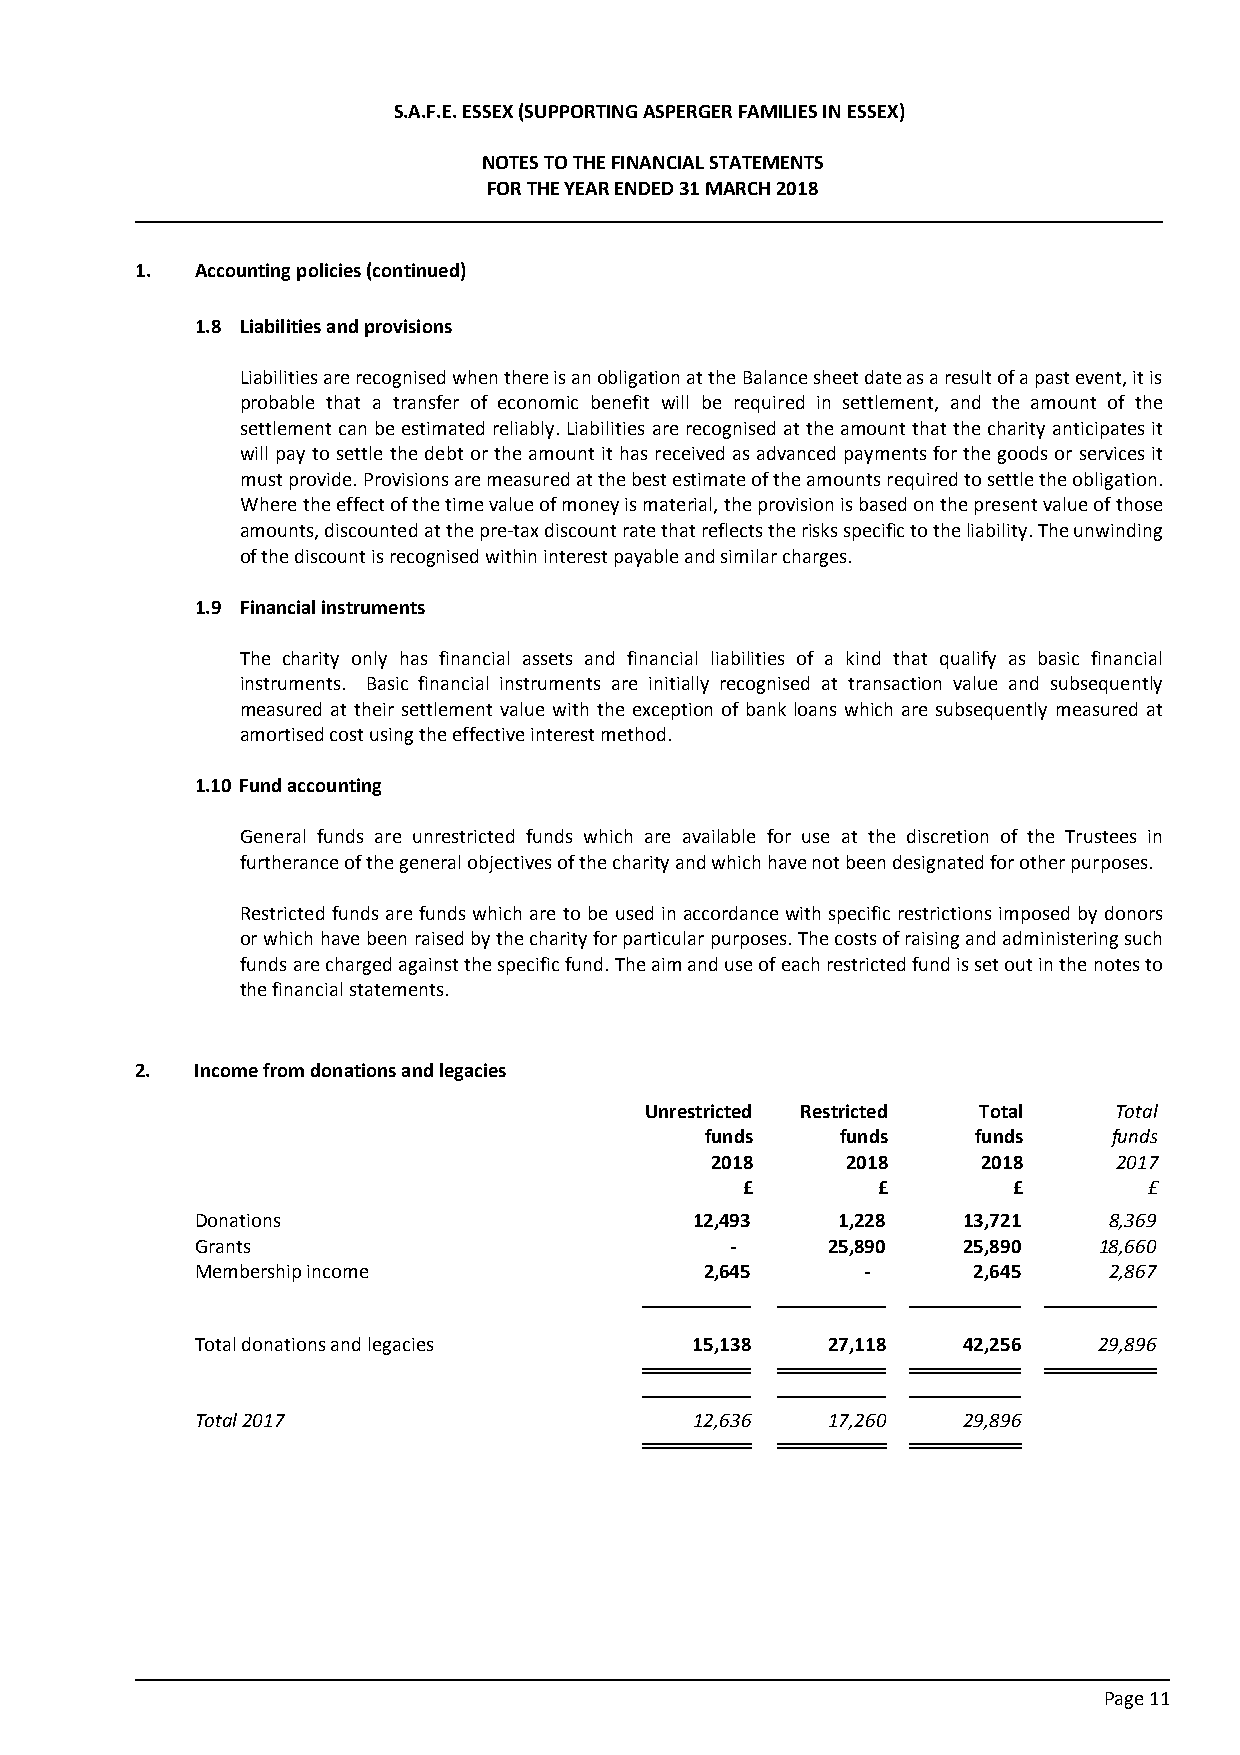
S.A.F.E. ESSEX (SUPPORTING ASPERGER FAMILIES IN ESSEX)
 NOTES TO THE FINANCIAL STATEMENTS
 FOR THE YEAR ENDED 31 MARCH 2018
 1.  Accounting policies (continued)
 1.8 Liabilities and provisions
 Liabilities are recognised when there is an obligation at the Balance sheet date as a result of a past event, it is
 probable that a transfer of economic benefit will be required in settlement, and the amount of the
 settlement can be estimated reliably. Liabilities are recognised at the amount that the charity anticipates it
 will pay to settle the debt or the amount it has received as advanced payments for the goods or services it
 must provide. Provisions are measured at the best estimate of the amounts required to settle the obligation.
 Where the effect of the time value of money is material, the provision is based on the present value of those
 amounts, discounted at the pre-tax discount rate that reflects the risks specific to the liability. The unwinding
 of the discount is recognised within interest payable and similar charges.
 1.9 Financial instruments
 The charity only has financial assets and financial liabilities of a kind that qualify as basic financial
 instruments. Basic financial instruments are initially recognised at transaction value and subsequently
 measured at their settlement value with the exception of bank loans which are subsequently measured at
 amortised cost using the effective interest method.
 1.10 Fund accounting
 General funds are unrestricted funds which are available for use at the discretion of the Trustees in
 furtherance of the general objectives of the charity and which have not been designated for other purposes.
 Restricted funds are funds which are to be used in accordance with specific restrictions imposed by donors
 or which have been raised by the charity for particular purposes. The costs of raising and administering such
 funds are charged against the specific fund. The aim and use of each restricted fund is set out in the notes to
 the financial statements.
 2.  Income from donations and legacies
 Unrestricted Restricted Total  Total
 funds    funds    funds    funds
 2018     2018     2018     2017
 £        £        £        £
 Donations                        12,493    1,228   13,721   8,369
 Grants                             -      25,890   25,890   18,660
 Membership income                 2,645     -      2,645    2,867
 Total donations and legacies     15,138   27,118   42,256   29,896
 Total 2017                       12,636   17,260   29,896
 Page 11